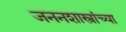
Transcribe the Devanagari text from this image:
जननशास्त्रांच्या